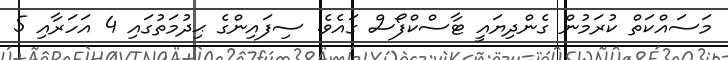
މަސައްކަތް ކުރަމުން ގެންދިޔައީ ޓާސްކްފޯސް ގައެވެ. ސިފައިންގެ ޙިދުމަތުގައި 4 އަހަރާއި 5